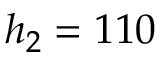
h _ { 2 } = 1 1 0